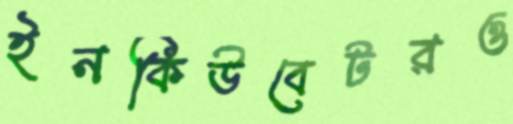
ইনকিউবেটরও